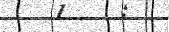
١٤